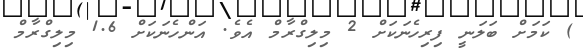
) ކަމަށް ބަލަނީ ފިރިހެނަކަށް 2 މިލިގްރާމް އެވެ. އަންހެނަކަށް 1.6 މިލިގްރާމް